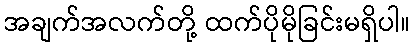
အချက်အလက်တို့ ထက်ပိုမိုခြင်းမရှိပါ။